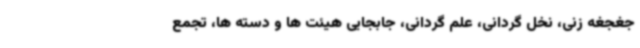
جغجغه زنی، نخل گردانی، علم گردانی، جابجایی هیئت ها و دسته ها، تجمع